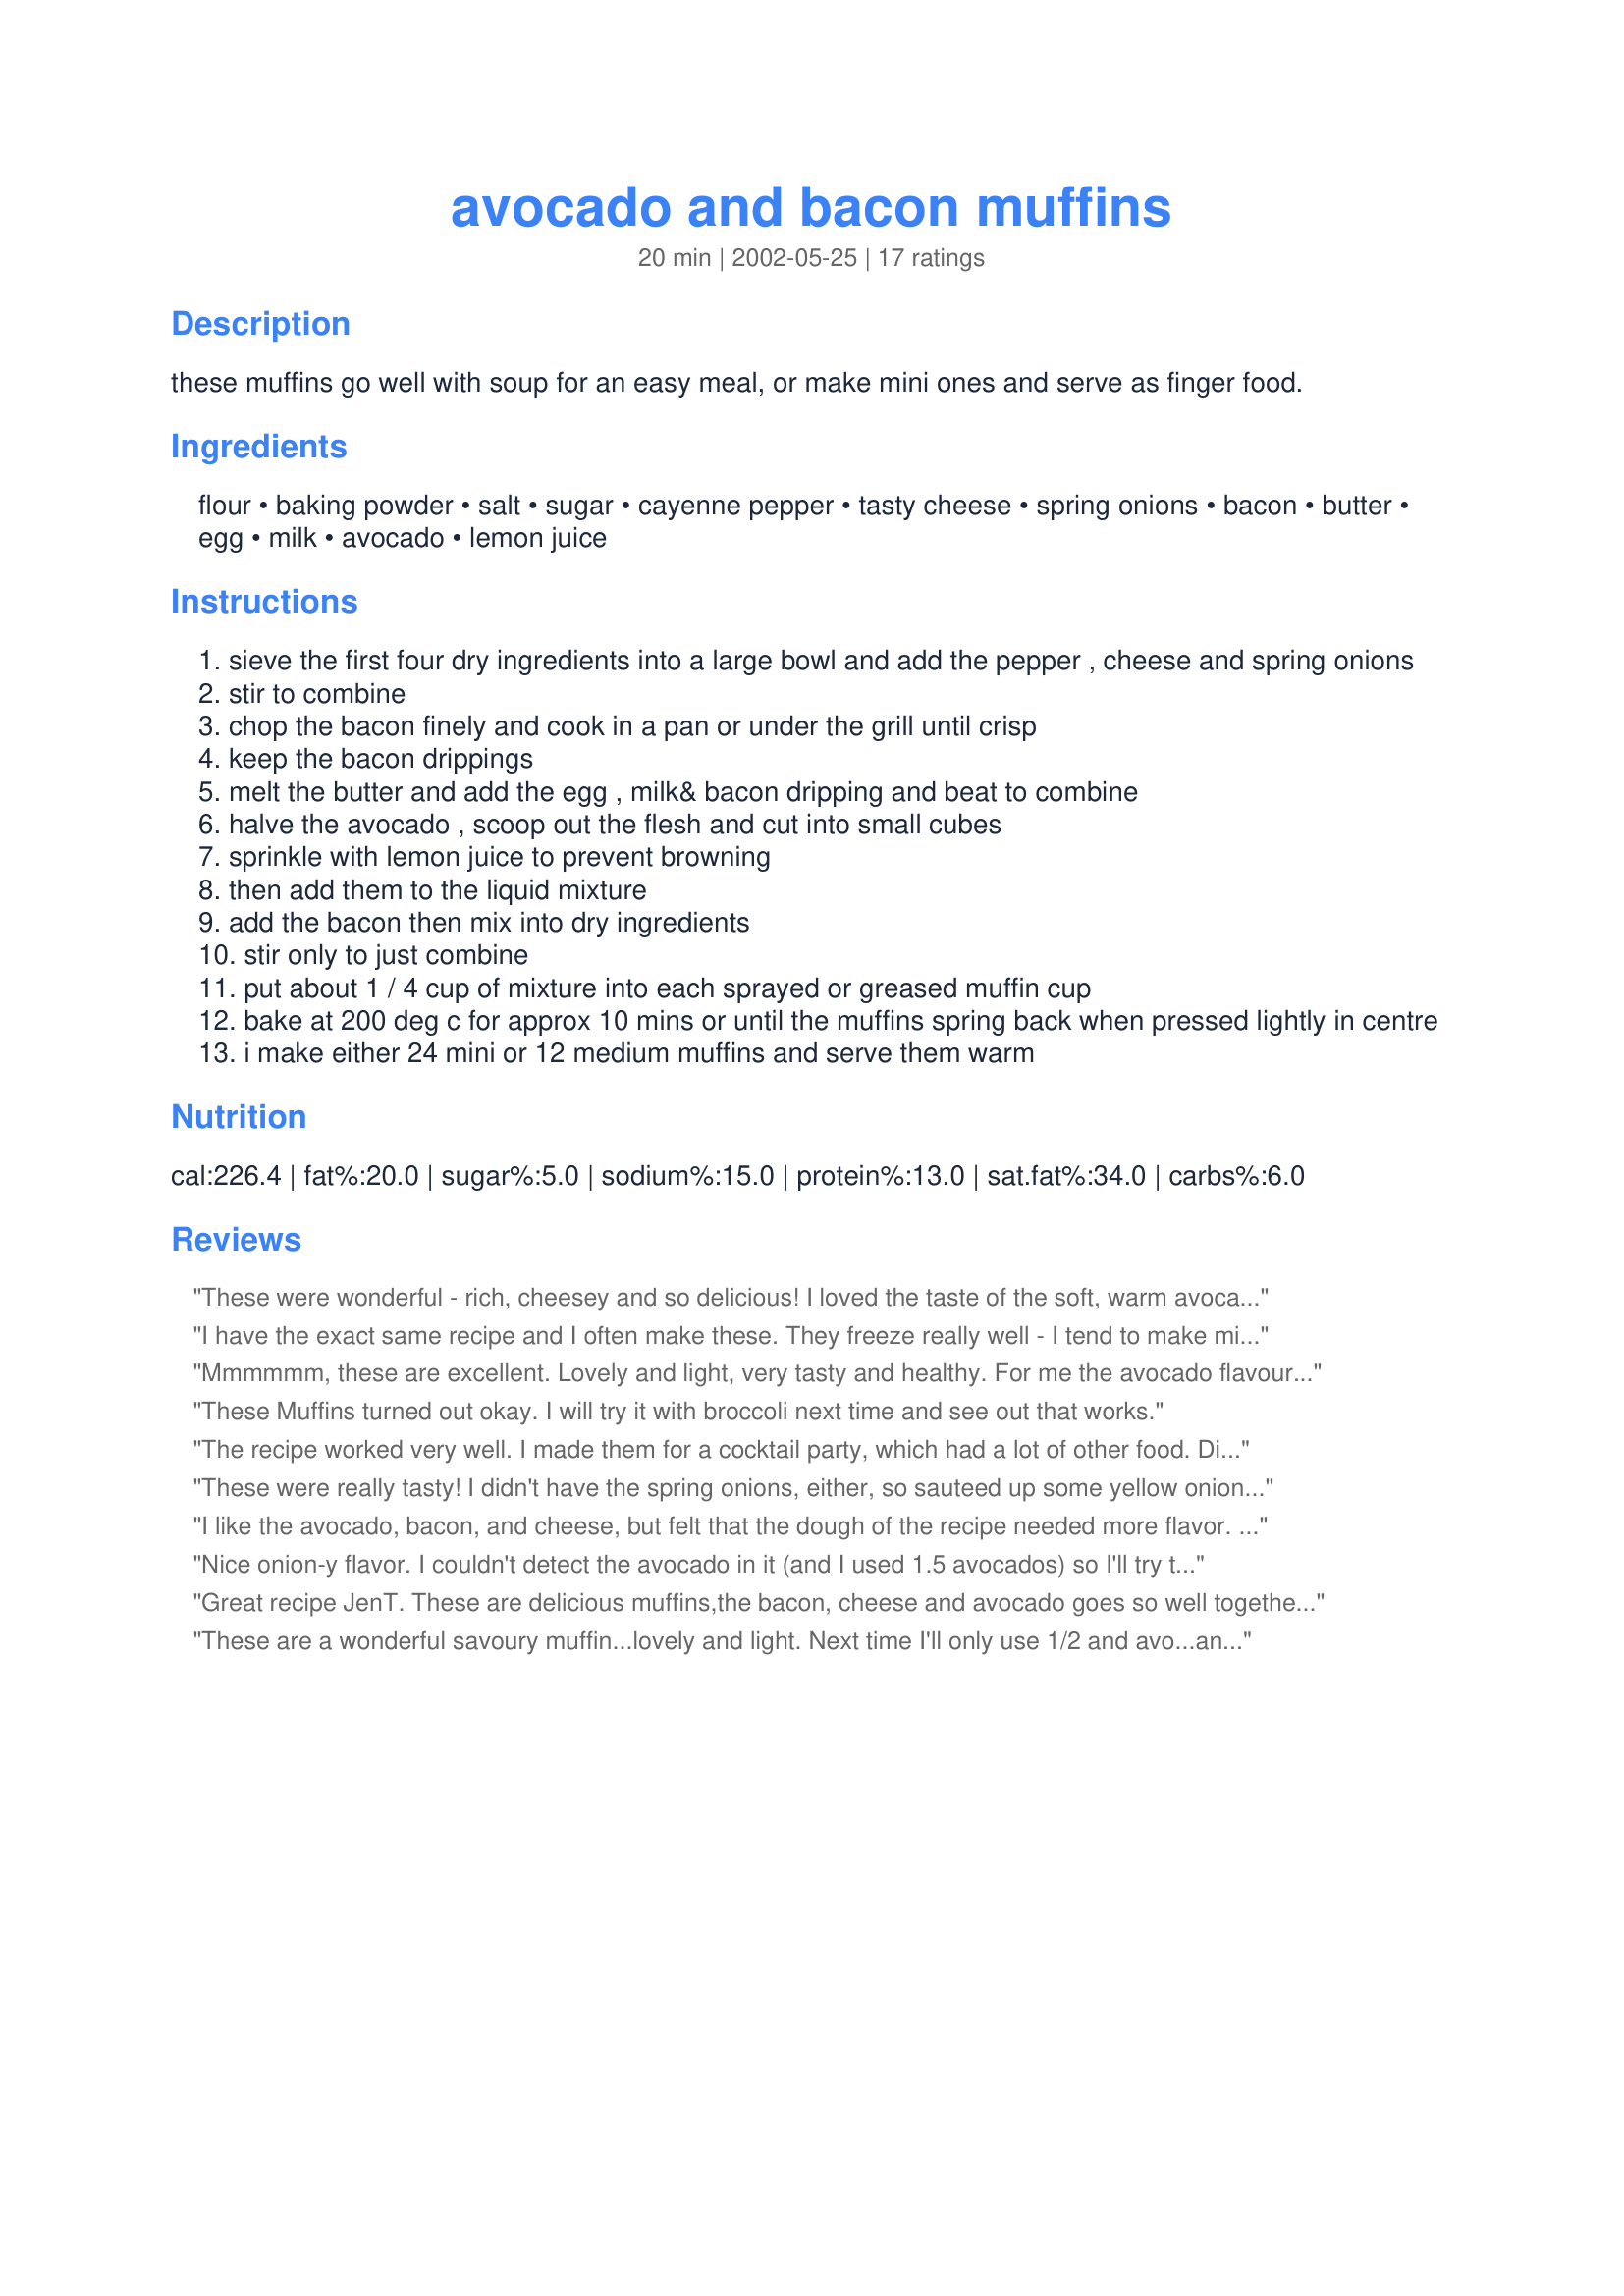
avocado and bacon muffins
Preparation time: 20 minutes

these muffins go well with soup for an easy meal, or make mini ones and serve as finger food.

Ingredients:
flour, baking powder, salt, sugar, cayenne pepper, tasty cheese, spring onions, bacon, butter, egg, milk, avocado, lemon juice

Steps:
sieve the first four dry ingredients into a large bowl and add the pepper , cheese and spring onions
stir to combine
chop the bacon finely and cook in a pan or under the grill until crisp
keep the bacon drippings
melt the butter and add the egg , milk& bacon dripping and beat to combine
halve the avocado , scoop out the flesh and cut into small cubes
sprinkle with lemon juice to prevent browning
then add them to the liquid mixture
add the bacon then mix into dry ingredients
stir only to just combine
put about 1 / 4 cup of mixture into each sprayed or greased muffin cup
bake at 200 deg c for approx 10 mins or until the muffins spring back when pressed lightly in centre
i make either 24 mini or 12 medium muffins and serve them warm

Reviews:
These were wonderful - rich, cheesey and so delicious! I loved the taste of the soft, warm avocado. Very easy to preapre and quick to bake. Unique in flavor - thanks for sharing this tasty recipe. NOTE: I used leftover cooked bacon, so in place of bacon drippings, I added 2 tsp olive oil.
I have the exact same recipe and I often make these. They freeze really well - I tend to make mini muffins and freeze them as snacks for the kids. They always go down well.
Mmmmmm, these are excellent. Lovely and light, very tasty and healthy. For me the avocado flavour really came through. I knew I'd like these so I doubled the recipe and now have some to freeze. A keeper for us, thanks Jen :)
These Muffins turned out okay. I will try it with broccoli next time and see out that works.
The recipe worked very well. I made them for a cocktail party, which had a lot of other food. Did not have mini-muffin forms, so they turned out to be kind of large and not many were eaten. But next morning - oh my God, the best morning-after food ever! We devoured them for breakfast. Used light version of cubed bacon, light creme cheese and light mayo. But the "tasty" cheese was strong Austrian Bergkaese. It was great. Avocado tasted like asparagus, nobody could figure out what it was. Easy to make, too. Definitely a keeper.
These were really tasty! I didn't have the spring onions, either, so sauteed up some yellow onion with the bacon. I was a little heavy handed on the cheese. Otherwise, kept as is. Brough to a friend's house to go with the black bean soup. Thanks for posting this unique recipe!
I like the avocado, bacon, and cheese, but felt that the dough of the recipe needed more flavor. I would try this again with some garlic and onion powder, and maybe some chili powder.
Nice onion-y flavor. I couldn't detect the avocado in it (and I used 1.5 avocados) so I'll try them on my avocado hating BF. ;) I wasn't sure so I baked them at 350 degrees. It took close to 20 minutes at this temp. to be thoroughly baked.
Great recipe JenT. These are delicious muffins,the bacon, cheese and avocado goes so well together. The recipe is well written and easy to follow. The kids loved them-which is great because I can make a batch of mini muffins to freeze and add them to their lunch boxes.They also would be an interesting and tasty addition to an appetizer platter.
This a keeper recipe for sure :)
These are a wonderful savoury muffin...lovely and light. Next time I'll only use 1/2 and avo...and I think I may try replacing the avo with corn kernels for something a bit different. These muffings are great to serve along side soup or just on their own...YUM!
These were awesome! I did a coupon substitutions based on what I had - paprika instead of cayenne, and I caramelized/chopped a couple shallots instead of putting spring onion in. I'm in America so I set the oven at about 400 and they took closer to 15 minutes.
Yummy. I didn't have any spring onions, I used whole wheat flour and almond milk, as that is what I had on hand. Turned out really well. I baked them for 15min at 395. Next time I would add more bacon.
This is really good. I substituted 1/2 cup of regular flour with cornmeal flour. I kind of forgot to put the cheese in so I just melted a little cheese on top of them, and they're great!! Note: 200 degrees C is about 395 degrees F and I did end up baking them for a little over 15 minutes at 395 F.
Aabsolutely wonderful, can't wait to make them again!

I want to say that my exposure to avocados was minimal. I had purchased over-ripe ones in the store to salvage their pits to grow as indoor plants...but never had I tasted one (usually by the time a pit is considered ready to plant the flesh is completely beyond eating). Further to that my exposure to muffins was limited...primarily the overly sweet coffee shop variety and some horrid little things my mother use to make me eat for fiber.
Further to that I had never eaten a savory muffin at all! 

So it was with great trepidation that I decided to make these muffins.
Best gamble I have taken food wise in a long time. The muffins are robust, flavourful and almost a meal unto themselves.
They are simple to make and tasted delicious only slightly cooled from the oven, but are still powerfully good the next day.

The first half dozen we polished off almost straight from the oven with bowls of soup in the evening and the remaining ones became our breakfast...that and a hot drink and I felt pumped for the upcoming day.
I hate breakfast normally...too dash bland...but these wonder muffins had sufficient flavour to wake up the taste buds...with no morning prep time. My type of breakfast.

I didn&#8217;t make any alterations to the recipe whatsoever, because I felt they were perfect just the way they were.
 Oh yes ...the dreaded avocado...it added to the depth of flavour but did not dominate the muffin ...all that fuss about nothing!
I am wondering if you could use almond flour. I am on a ketogenic diet and avoiding wheat flour.
Fantastic! I just ate 3 (oops). I used 1/2 wholemeal and 1/2 plain flour and reduced the butter to about half, as I felt with the bacon and avocado there was plenty of fat. I also used skim milk. They still came out great - fluffy and soft. I did find that making 12 large muffins took considerably longer than 10 minutes at 200c. Just keep checking them. Next time I will add some corn kernels!
